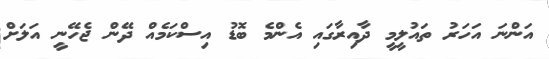
އަންނަ އަހަރު ތައުލީމީ ދާއިރާގައި އެންމެ ބޮޑު އިސްކަމެއް ދޭން ޖެހޭނީ އަލަށް